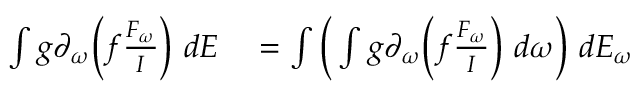
\begin{array} { r l } { \int g \partial _ { \omega } \Big ( f \frac { F _ { \omega } } { I } \Big ) \ d E } & { { } = \int \Big ( \int g \partial _ { \omega } \Big ( f \frac { F _ { \omega } } { I } \Big ) \ d \omega \Big ) \ d E _ { \omega } } \end{array}